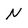
Character: N